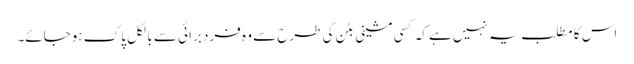
اس کا مطلب یہ نہیں ہے کہ کسی مشینی بٹن کی طرح سے وہ فرد برائی سے بالکل پاک ہوجائے۔